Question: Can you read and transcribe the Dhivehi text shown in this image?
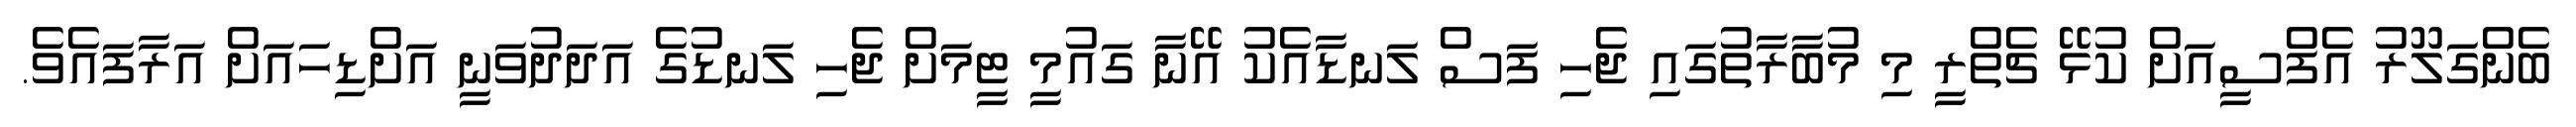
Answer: ބެންގަލޫރު އެފްސީއަށް ކުޅޭ ޗެތްރީ މި މުބާރާތުގައި ޖެހި ފަސް ލަނޑާއެކު އޭނާ ގައުމީ ޓީމަށް ޖެހި ލަނޑުގެ އަދަދުވަނީ އަށްޑިހައަށް އަރާފައެވެ.